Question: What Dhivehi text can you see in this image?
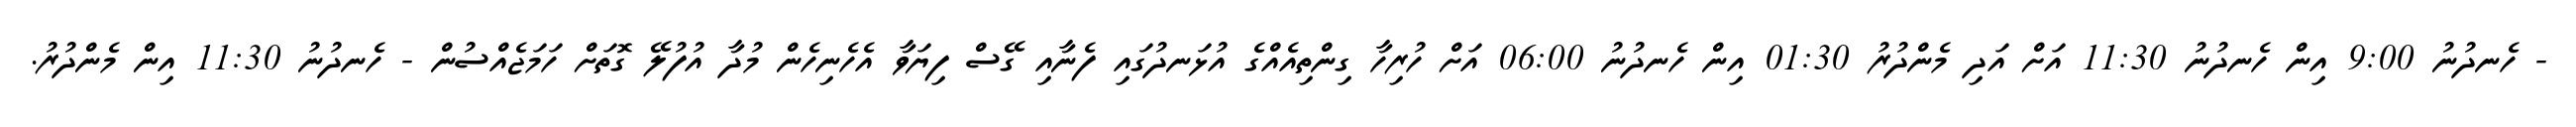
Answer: - ހެނދުނު 9:00 އިން ހެނދުނު 11:30 އަށް އަދި މެންދުރު 01:30 އިން ހެނދުނު 06:00 އަށް ހުރިހާ ގިންތިއެއްގެ އުޅަނދުގައި ފެނާއި ގޭސް ފިޔަވާ އެހެނިހެން މުދާ އުފުލޭ ގޮތަށް ހަމަޖެއްސުން - ހެނދުނު 11:30 އިން މެންދުރު.